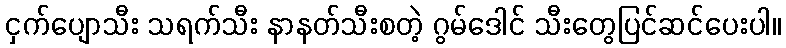
ငှက်ပျောသီး သရက်သီး နာနတ်သီးစတဲ့ ဂွမ်ဒေါင် သီးတွေပြင်ဆင်ပေးပါ။